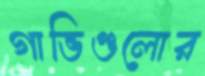
গাভিগুলোর